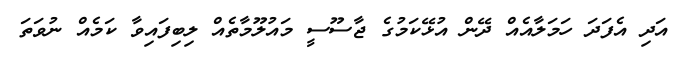
އަދި އެފަދަ ހަމަލާއެއް ދޭން އުޅޭކަމުގެ ޖާސޫސީ މައުލޫމާތެއް ލިބިފައިވާ ކަމެއް ނުވަތަ